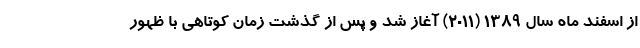
از اسفند ماه سال ۱۳۸۹ (۲۰۱۱) آغاز شد و پس از گذشت زمان کوتاهی با ظهور